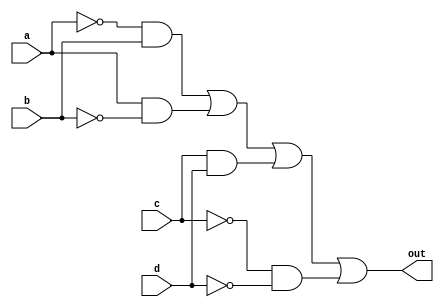
module top_module(
    input a,
    input b,
    input c,
    input d,
    output out
);

// Simplified Expression from K-map: out = a'b + ab' + cd + c'd'

assign out = (~a & b) | (a & ~b) | (c & d) | (~c & ~d);

endmodule